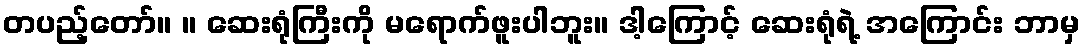
တပည့်တော်။ ။ ဆေးရုံကြီးကို မရောက်ဖူးပါဘူး။ ဒါ့ကြောင့် ဆေးရုံရဲ့ အကြောင်း ဘာမှ